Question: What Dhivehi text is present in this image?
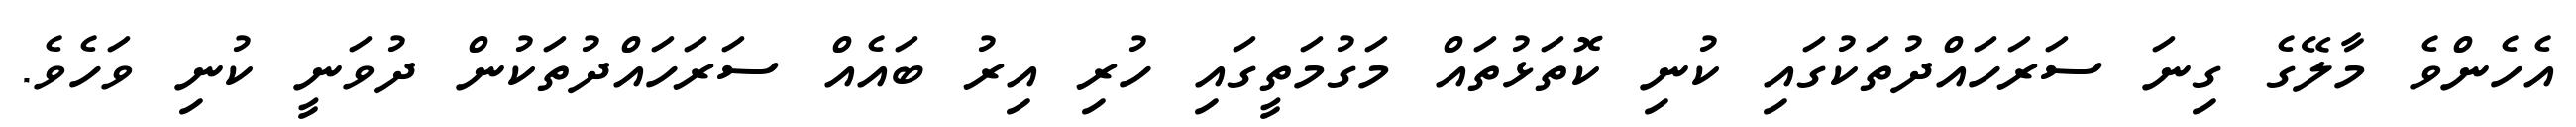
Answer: އެހެންވެ މާލޭގެ ގިނަ ސަރަހައްދުތަކުގައި ކުނި ކޮތަޅުތައް މަގުމަތީގައި ހުރި އިރު ބައެއް ސަރަހައްދުތަކުން ދުވަނީ ކުނި ވަހެވެ.